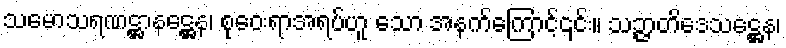
သမောသရဏဋ္ဌာနဋ္ဌေန၊ စုဝေးရာအရပ်ဟူ သော အနက်ကြောင့်၎င်း။ သဉ္ဇာတိဒေသဋ္ဌေန၊